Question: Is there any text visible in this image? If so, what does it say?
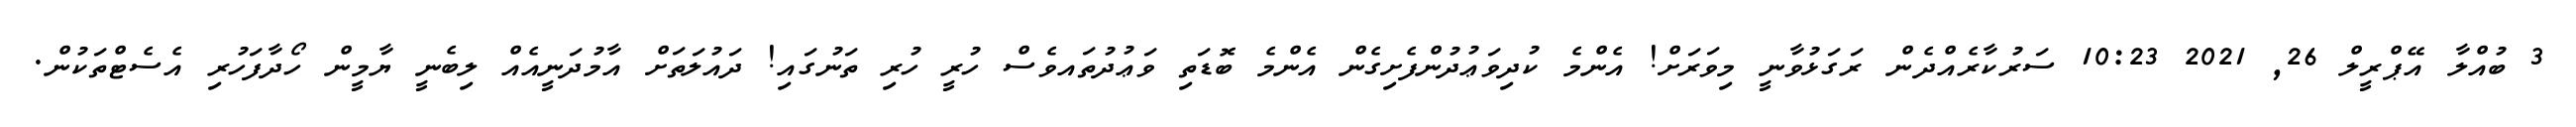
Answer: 3 ބުއްލާ އޭޕްރީލް 26, 2021 10:23 ސަރުކާރެއްދެން ރަގަޅުވާނީ މިވަރަށް! އެންމެ ކުދިވަޢުދުންފެށިގެން އެންމެ ބޮޑަތި ވަޢުދުތައވެސް ހުރީ ހުރި ތަނުގައި! ދައުލަތަށް އާމުދަނީއެއް ލިބެނީ ޔާމީން ހޯދާފަހުރި އެސެޓްތަކުން.